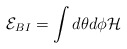
\begin{align*}{\cal E}_{BI} = \int d\theta d\phi {\cal H}\end{align*}